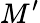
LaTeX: M^{\prime}